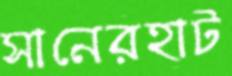
সানেরহাট